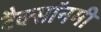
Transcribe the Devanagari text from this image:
टैक्सॉनमी